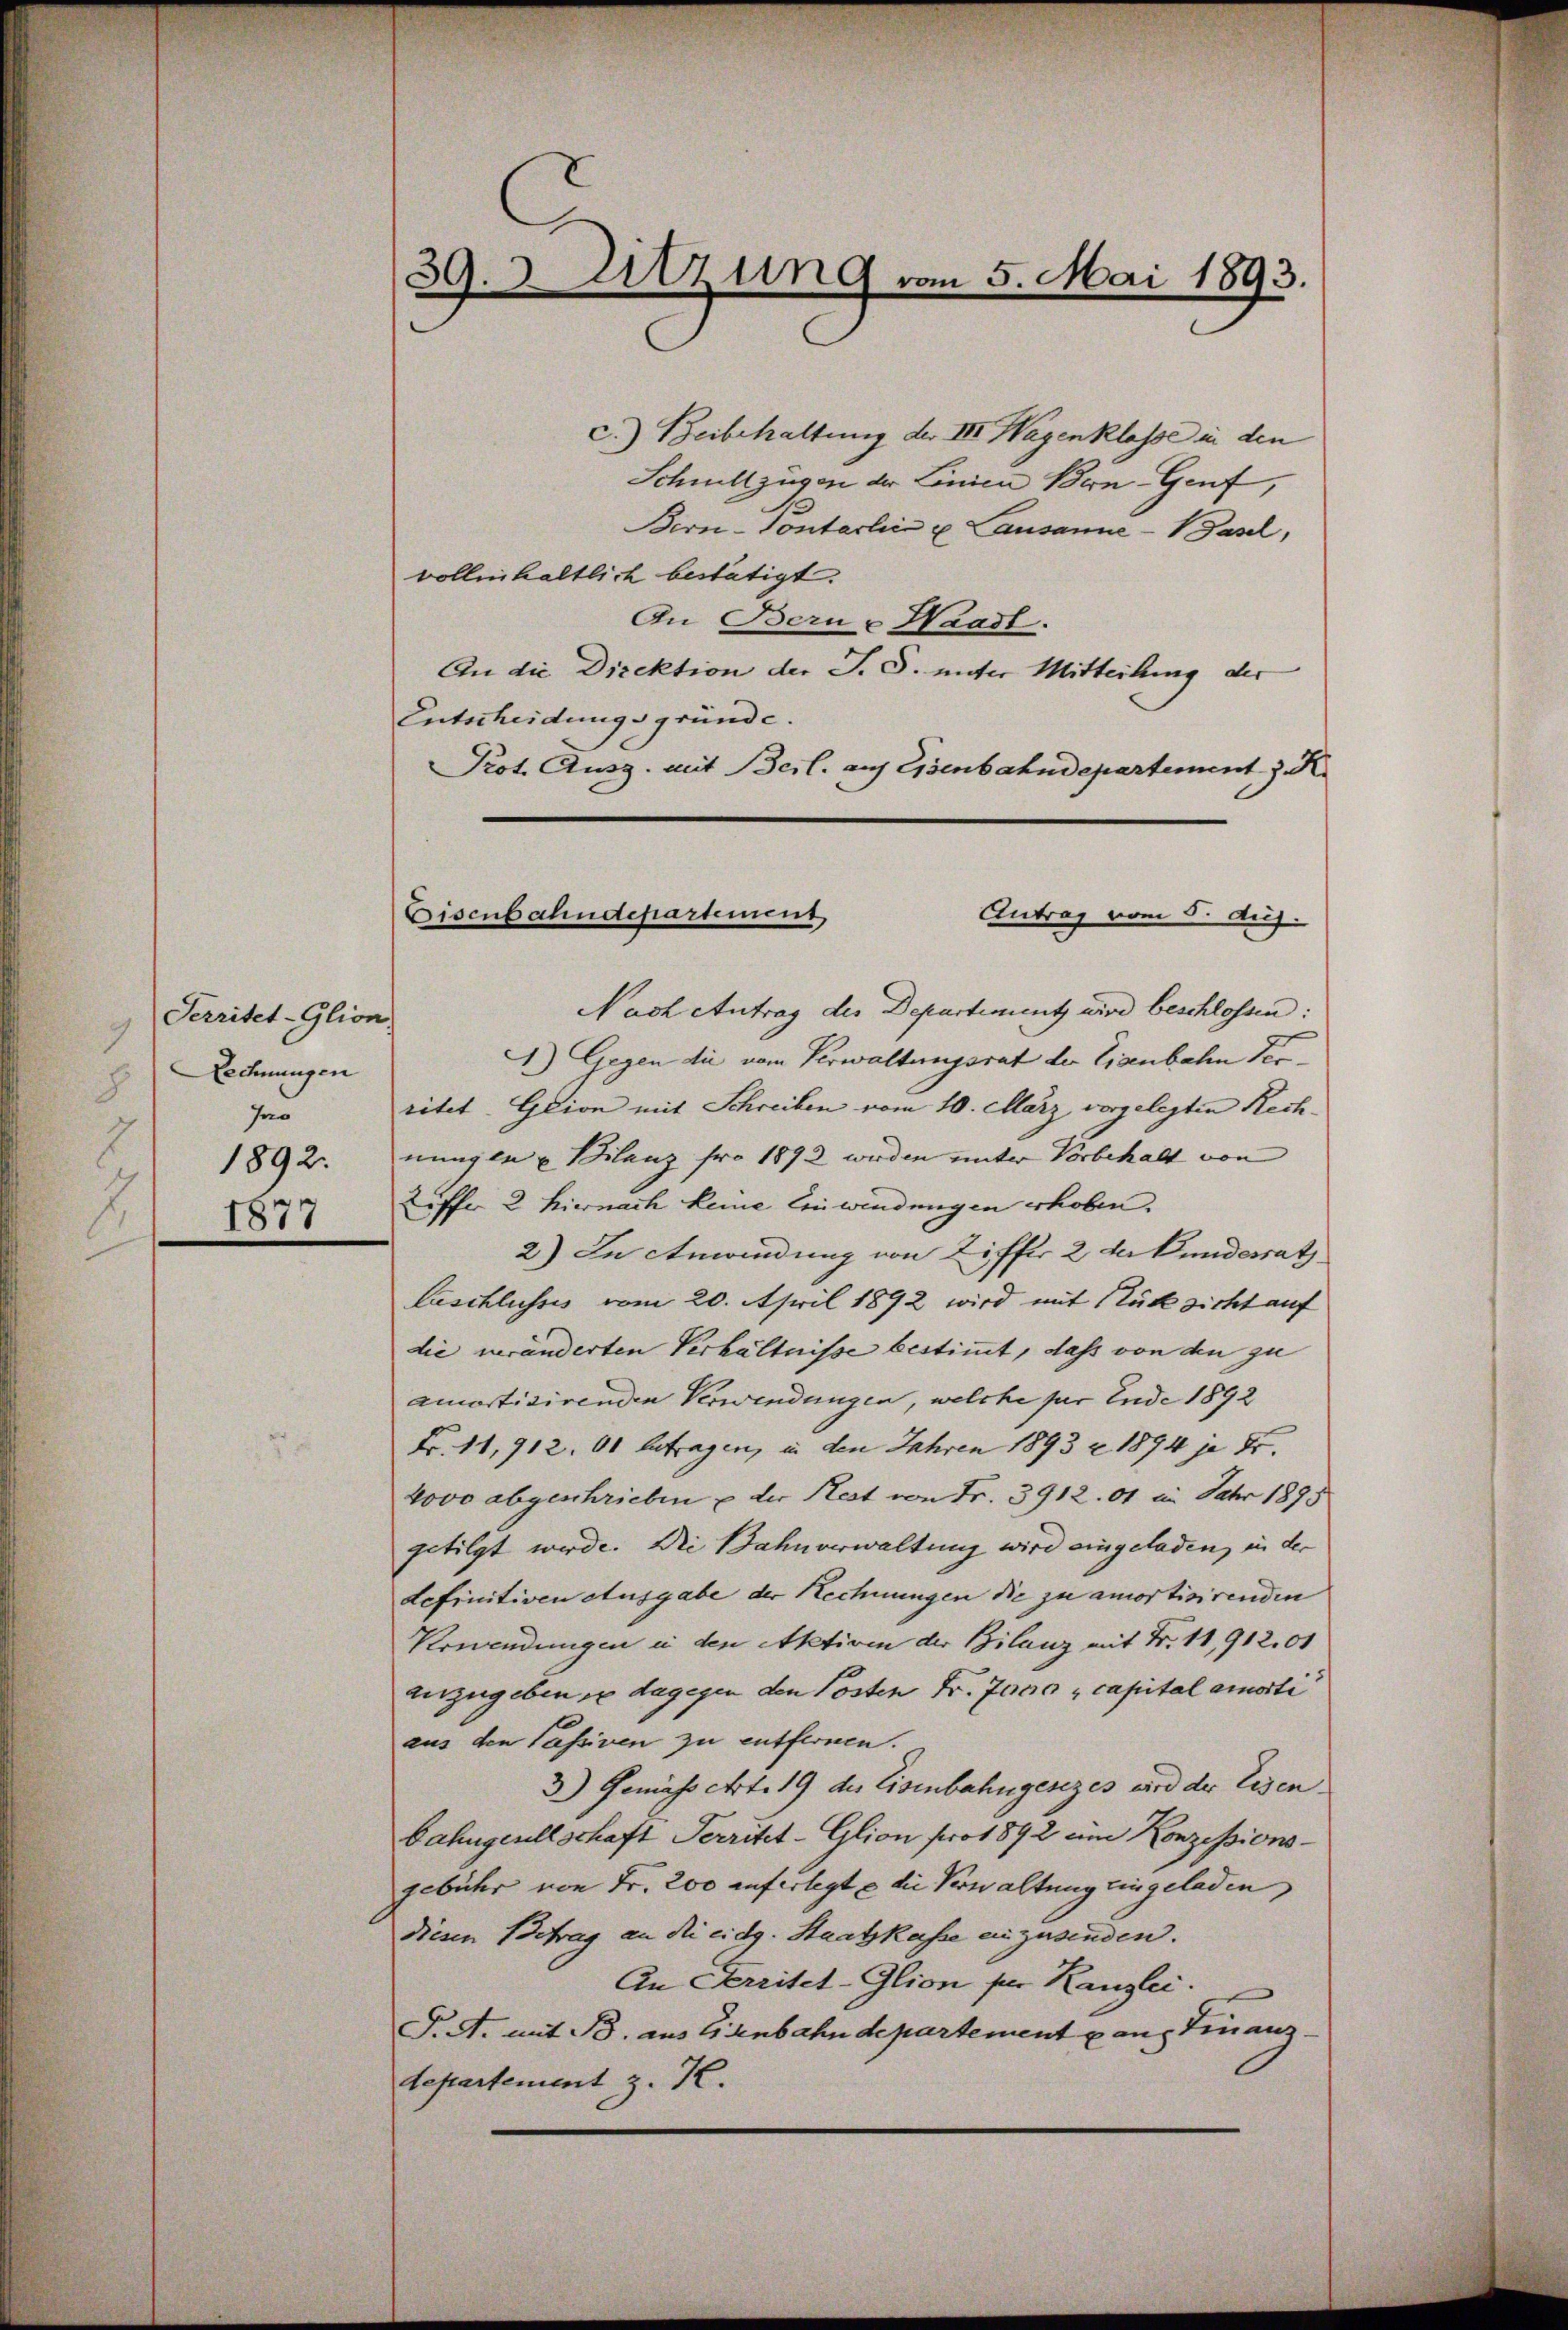
Serritet-Glion
9
Lechnungen
8
Ins
1892.
1877
2.

39. 3. Sitzung vom 5. Mai 1893.

c.) Beibehaltung der III. Wagenklasse in den
Schnellzügen der Linien Bern- Genf,
Bern-Pontarlin u. Lausanne-Basel,
vollinhaltlich bestätigt.
An Bern - Waadt.
An die Direktion der S. S. unter Mitteilung der
Entscheidungsgründe.
Prot. Ausg. mit Beil. auf Eisenbahndepartement z. R.
Nach Antrag des Departimentz wird beschlossen:
A) Gegen die vom Verwaltungsrat der Eisenbahn der
ritet. Glion mit Schreiben vom 10. März vorgelegten Rechnungen u. Bilanz fro 1892 werden unter Vorbehalt von
Liffer 2 hiernach keine Einwindungen erhoben.
2) In Anwendung von Ziffer 2 der Bundesrath
Faschlusses vom 20. April 1892 wird mit Stück sicht auf
die veränderten Verhältnisse bestimmt, dass von den zu
amortisirenden Verwendungen, welche für Ende 1892
Fr. 11,912, 61 betragen, in den Jahren 1893 - 1894 je Fr.
4000 abgeschrieben u der Rest von Fr. 3912.01 in Jahr 1895
getilgt werde. Die Bahnverwaltung wird eingeladen, in der
definitiven Ausgabe der Rechnungen die zu amortisirenden
Verwendungen in den Aktiven der Bilanz mit Fr. 11,912,00
anzugeben in dagegen den Posten Fr. 7000 capital amorti
aus den Passiven zu entfernen.
3) Gemäss Art. 19 des Eisenbahngesezes wird der Eisen.
bahngesellschaft Perritet-Glion pro 1892 um Konzessions-
gebühr von Fr. 200 auferlegt u die Verwaltung eingeladen,
Diesen Betrag an die eidg. Staatskasse einzusenden.
An Ferritet-Glion per Kanzlei.
T.A. mit B. aus Einbahndepartement aus Finanztepartement z. K.

Bisenbahndepartement,
Antrag vom 5. Aug.